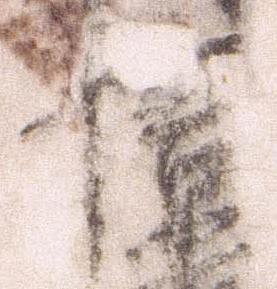
信